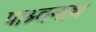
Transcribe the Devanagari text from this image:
पाश्र्वनाथ